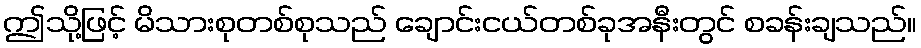
ဤသို့ဖြင့် မိသားစုတစ်စုသည် ချောင်းငယ်တစ်ခုအနီးတွင် စခန်းချသည်။